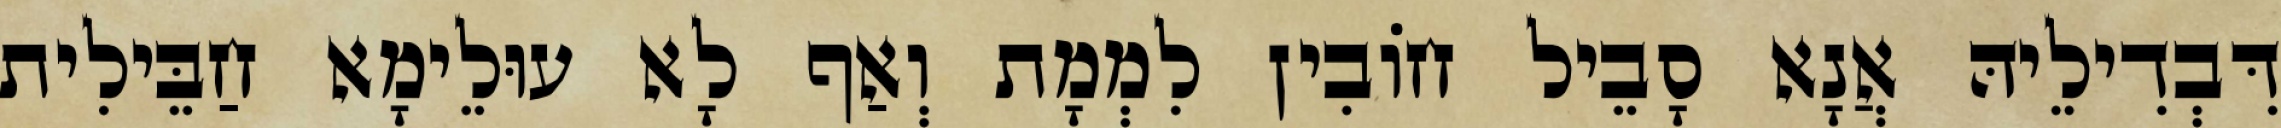
דִּבְדִילֵיהּ אֲנָא סָבֵיל חוֹבִין לִמְמָת וְאַף לָא עוּלֵימָא חַבֵּילִית